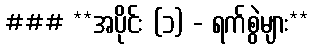
### **အပိုင်း (၁) - ရက်စွဲများ**